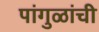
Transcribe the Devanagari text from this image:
पांगुळांची